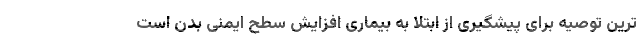
ترین توصیه برای پیشگیری از ابتلا به بیماری افزایش سطح ایمنی بدن است